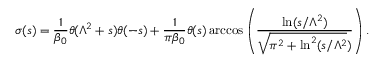
\sigma ( s ) = \frac 1 { \beta _ { 0 } } \theta ( \Lambda ^ { 2 } + s ) \theta ( - s ) + \frac 1 { \pi \beta _ { 0 } } \theta ( s ) \operatorname { a r c c o s } \left( \frac { \ln ( s / \Lambda ^ { 2 } ) } { \sqrt { \pi ^ { 2 } + \ln ^ { 2 } ( s / \Lambda ^ { 2 } } ) } \right) .